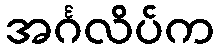
အင်္ဂလိပ်က